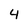
Character: 4